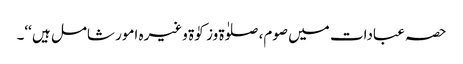
حصہ عبادات میں صوم، صلوٰۃ وزکوٰۃ وغیرہ امور شامل ہیں ‘‘۔